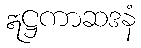
ဣဋ္ဌကာဆဒနံ